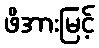
ဖိအားမြင့်